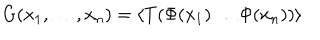
G ( x _ { 1 } , \dots , x _ { n } ) = \langle T ( \Phi ( x _ { 1 } ) \dots \Phi ( x _ { n } ) ) \rangle